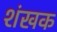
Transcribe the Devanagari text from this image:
शंखक